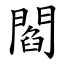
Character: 閻